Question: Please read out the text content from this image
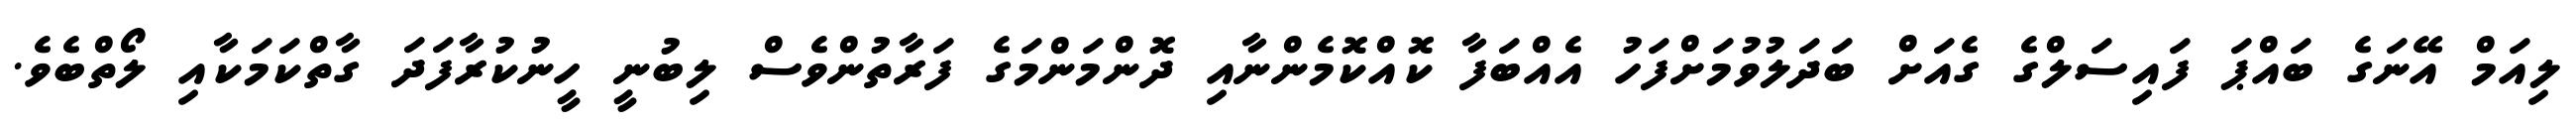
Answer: ލިއަމް އޭނަގެ ބައްޕަ ފައިސަލްގެ ގެއަށް ބަދަލުވުމަށްފަހު އެއްބަފާ ކޮއްކޮމެންނާއި ދޮންމަންމަގެ ފަރާތުންވެސް ލިބުނީ ހީނުކުރާފަދަ ގާތްކަމަކާއި ލޯތްބެވެ.